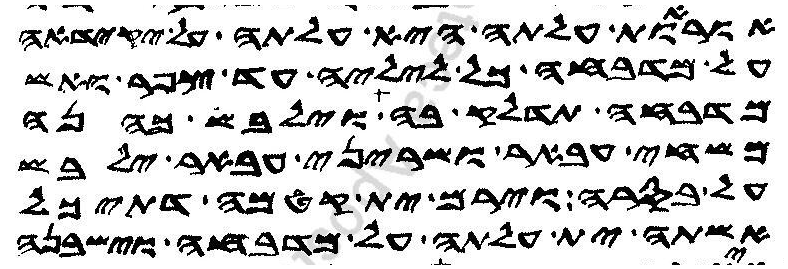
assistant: אוראות עלתה היא עלתה על יקידאה
על מדבחה כל ליליה עד צפר ואש
מדבחה תדלק בה וילבש כהנה
משחי עבאר ושריני עבאר ילבש
על בסרה וירם ית קטמה דתיכל
אשתה ית עלתה על מדבחה וישבנה